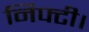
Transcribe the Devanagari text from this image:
निफ्टी।